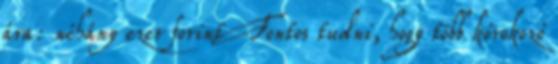
ára: néhány ezer forint Fontos tudni, hogy több kórokozó